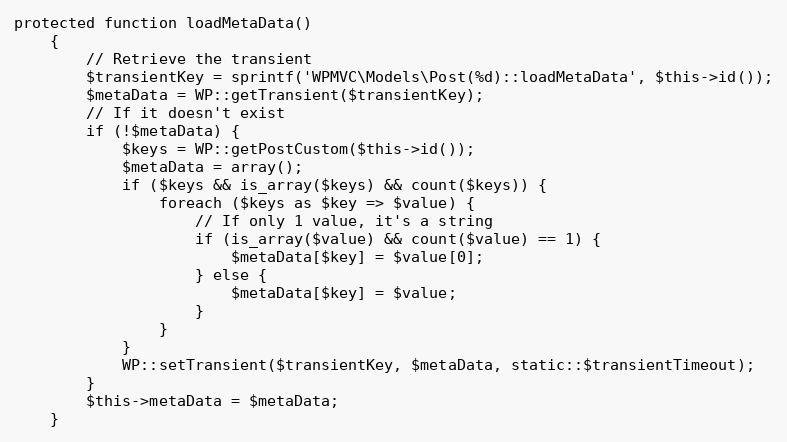
Language: PHP
protected function loadMetaData()
    {
        // Retrieve the transient
        $transientKey = sprintf('WPMVC\Models\Post(%d)::loadMetaData', $this->id());
        $metaData = WP::getTransient($transientKey);
        // If it doesn't exist
        if (!$metaData) {
            $keys = WP::getPostCustom($this->id());
            $metaData = array();
            if ($keys && is_array($keys) && count($keys)) {
                foreach ($keys as $key => $value) {
                    // If only 1 value, it's a string
                    if (is_array($value) && count($value) == 1) {
                        $metaData[$key] = $value[0];
                    } else {
                        $metaData[$key] = $value;
                    }
                }
            }
            WP::setTransient($transientKey, $metaData, static::$transientTimeout);
        }
        $this->metaData = $metaData;
    }